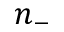
n _ { - }